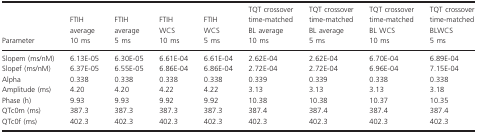
<table><thead><tr><td><b>Parameter</b></td><td><b>FTIH average 10 ms</b></td><td><b>FTIH average 5 ms</b></td><td><b>FTIH WCS 10 ms</b></td><td><b>FTIH WCS 5 ms</b></td><td><b>TQT crossover time‐matched BL average 10 ms</b></td><td><b>TQT crossover time‐matched BL average 5 ms</b></td><td><b>TQT crossover time‐matched BL WCS 10 ms</b></td><td><b>TQT crossover time‐matched BLWCS 5 ms</b></td></tr></thead><tbody><tr><td>Slopem (ms/nM)</td><td>6.13E‐05</td><td>6.30E‐05</td><td>6.61E‐04</td><td>6.61E‐04</td><td>2.62E‐04</td><td>2.62E‐04</td><td>6.70E‐04</td><td>6.89E‐04</td></tr><tr><td>Slopef (ms/nM)</td><td>6.37E‐05</td><td>6.55E‐05</td><td>6.86E‐04</td><td>6.86E‐04</td><td>2.72E‐04</td><td>2.72E‐04</td><td>6.96E‐04</td><td>7.15E‐04</td></tr><tr><td>Alpha</td><td>0.338</td><td>0.338</td><td>0.338</td><td>0.338</td><td>0.339</td><td>0.339</td><td>0.338</td><td>0.338</td></tr><tr><td>Amplitude (ms)</td><td>4.20</td><td>4.20</td><td>4.22</td><td>4.22</td><td>3.13</td><td>3.13</td><td>3.13</td><td>3.18</td></tr><tr><td>Phase (h)</td><td>9.93</td><td>9.93</td><td>9.92</td><td>9.92</td><td>10.38</td><td>10.38</td><td>10.37</td><td>10.35</td></tr><tr><td>QTc0m (ms)</td><td>387.3</td><td>387.3</td><td>387.3</td><td>387.3</td><td>387.4</td><td>387.4</td><td>387.4</td><td>387.4</td></tr><tr><td>QTc0f (ms)</td><td>402.3</td><td>402.3</td><td>402.3</td><td>402.3</td><td>402.3</td><td>402.3</td><td>402.3</td><td>402.3</td></tr></tbody></table>